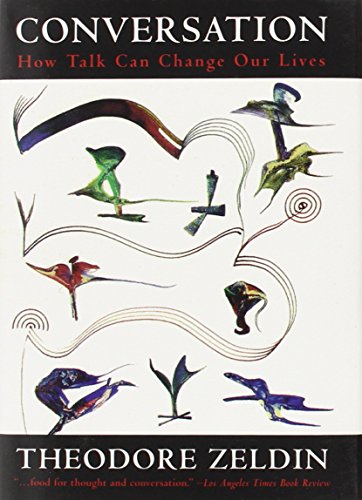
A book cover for Conversation: How Talk Can Change Our Lives; Theodore Zeldin; Reference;